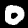
Digit: 0